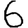
Digit: 6